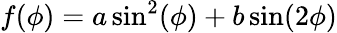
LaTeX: f(\phi)=a\sin^{2}(\phi)+b\sin(2\phi)